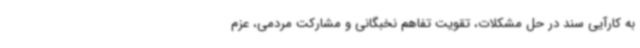
به کارآیی سند در حل مشکلات، تقویت تفاهم نخبگانی و مشارکت مردمی، عزم